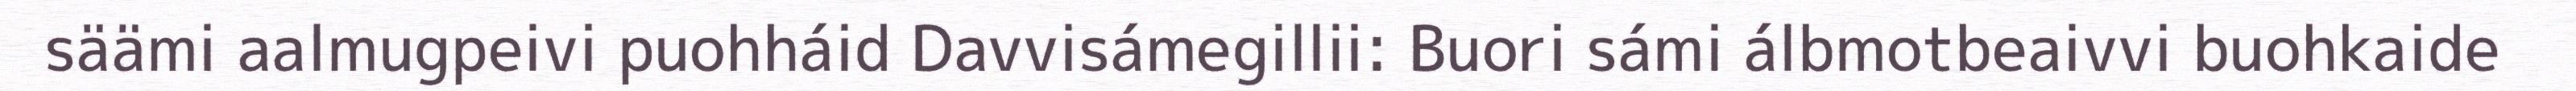
säämi aalmugpeivi puohháid Davvisámegillii: Buori sámi álbmotbeaivvi buohkaide